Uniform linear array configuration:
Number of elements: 24
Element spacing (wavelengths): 0.75
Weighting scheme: kaiser
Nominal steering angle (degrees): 45
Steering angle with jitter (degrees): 46.163
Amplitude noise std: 0.05
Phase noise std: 0.05

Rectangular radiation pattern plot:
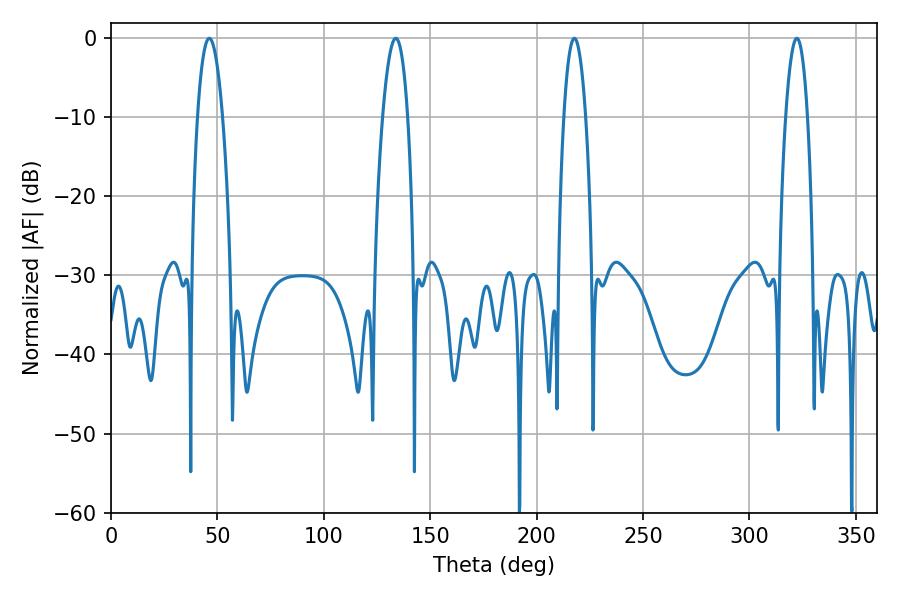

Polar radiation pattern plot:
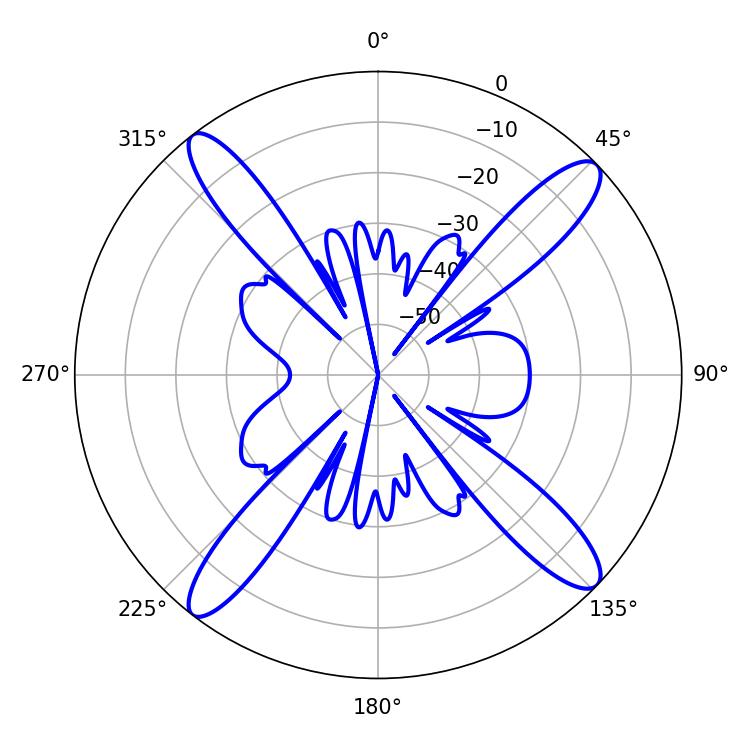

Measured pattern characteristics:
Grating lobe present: TRUE
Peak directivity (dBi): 16.385
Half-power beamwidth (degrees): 6.48
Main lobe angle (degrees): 46.26